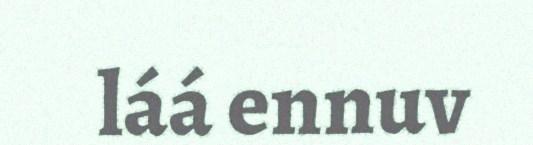
láá ennuv